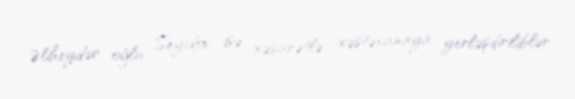
Əliheydər oğlu Seyidov isə xəsarətlə xəstəxanaya yerləşdiriliblər.